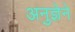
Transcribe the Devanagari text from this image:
अनुज्ञेने